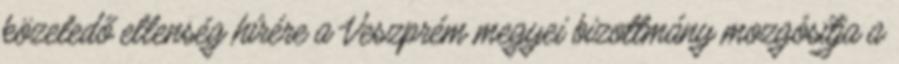
közeledő ellenség hírére a Veszprém megyei bizottmány mozgósítja a